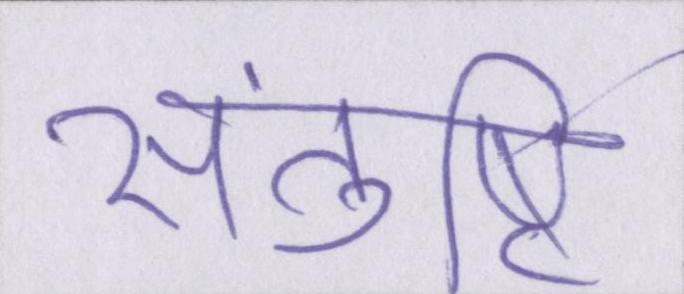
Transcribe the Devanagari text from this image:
संतुष्टि